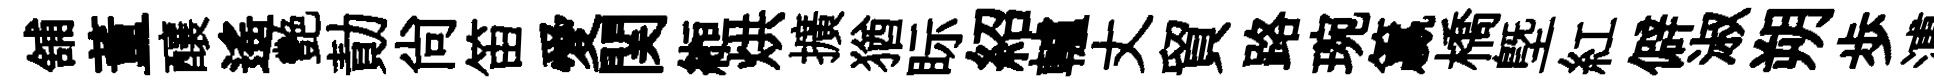
舖董釀遙艷勣尚笛愛関縆烘擴猶眎紹轤丈貿路琬籯橋塈紅僻淑朔歩溥